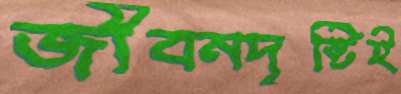
জীবনদৃষ্টিই